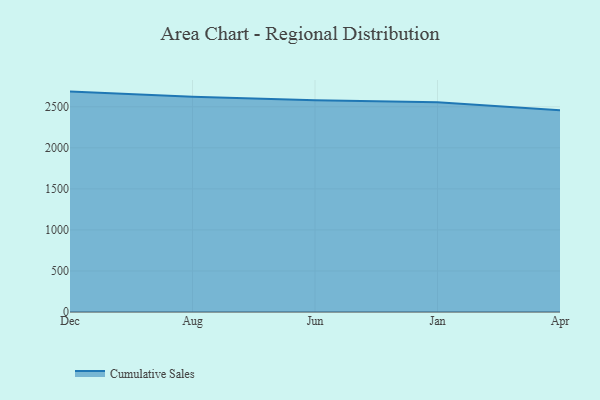
{"axis": {"x": "Month", "y": "Gross Profit (USD K)"}, "legend": ["Cumulative Sales"], "data": [{"x": "Dec", "y": 2685.1, "type": "Cumulative Sales"}, {"x": "Aug", "y": 2623.2, "type": "Cumulative Sales"}, {"x": "Jun", "y": 2580.3, "type": "Cumulative Sales"}, {"x": "Jan", "y": 2555.3, "type": "Cumulative Sales"}, {"x": "Apr", "y": 2458.9, "type": "Cumulative Sales"}]}